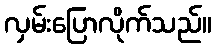
လှမ်းပြောလိုက်သည်။